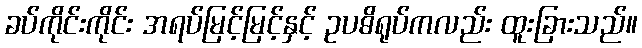
ခပ်ကိုင်းကိုင်း အရပ်မြင့်မြင့်နှင့် ဥပဓိရုပ်ကလည်း ထူးခြားသည်။